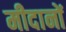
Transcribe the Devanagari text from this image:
मीदानों